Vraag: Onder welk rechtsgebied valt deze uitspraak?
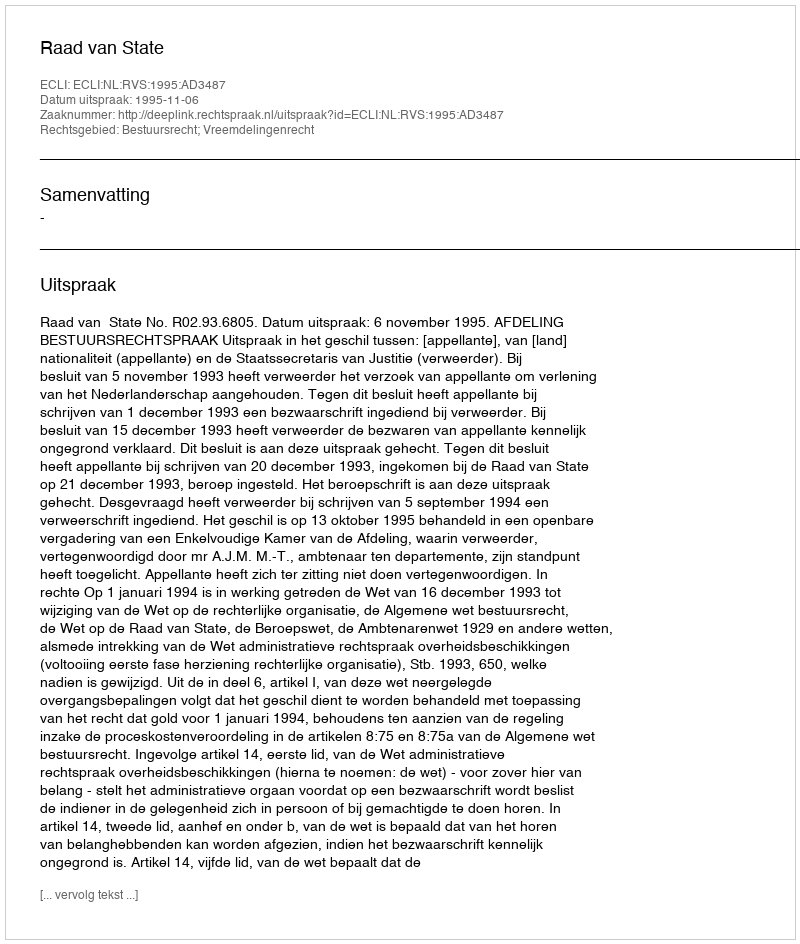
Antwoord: Bestuursrecht; Vreemdelingenrecht